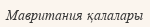
Мавритания қалалары